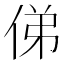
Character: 俤